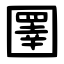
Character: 圛